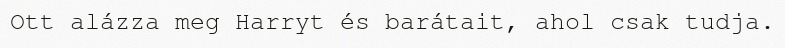
Ott alázza meg Harryt és barátait, ahol csak tudja.